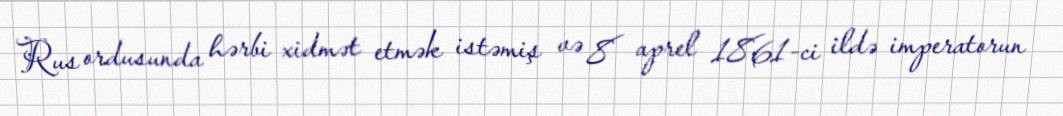
Rus ordusunda hərbi xidmət etmək istəmiş və 8 aprel 1861-ci ildə imperatorun